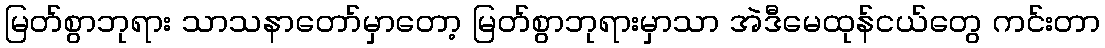
မြတ်စွာဘုရား သာသနာတော်မှာတော့ မြတ်စွာဘုရားမှာသာ အဲဒီမေထုန်ငယ်တွေ ကင်းတာ